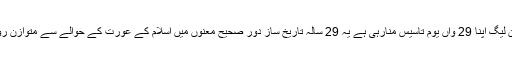
امسال منہاج القرآن ویمن لیگ اپنا 29 واں یوم تاسیس منارہی ہے یہ 29 سالہ تاریخ ساز دور صحیح معنوں میں اسلام کے عورت کے حوالے سے متوازن رویہ کا امین نظر آتا ہے۔